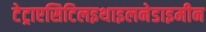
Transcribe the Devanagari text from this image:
टेट्राएसिटिलइथाइलनेडाइमीन